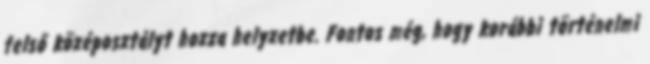
felső középosztályt hozza helyzetbe. Fontos még, hogy korábbi történelmi